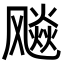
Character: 飚